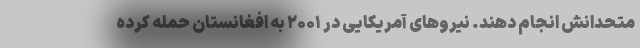
متحدانش انجام دهند. نیروهای آمریکایی در ۲۰۰۱ به افغانستان حمله کرده